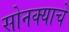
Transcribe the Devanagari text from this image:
सोनक्याचे